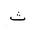
Letter: _tha